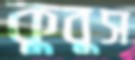
কুবুস